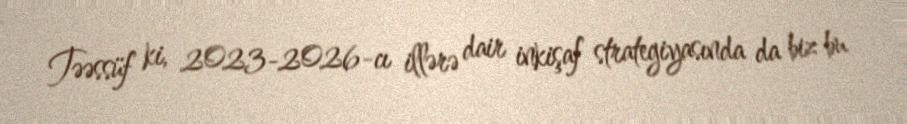
Təəssüf ki, 2023-2026-cı illərə dair inkişaf strategiyasında da biz bu